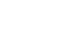
ဦးလေး